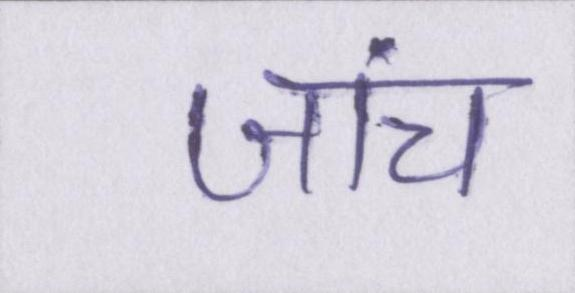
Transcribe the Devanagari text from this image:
जांच